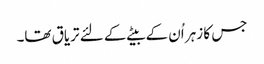
جس کا زہر اُن کے بیٹے کے لئے تریاق تھا۔